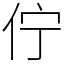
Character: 佇